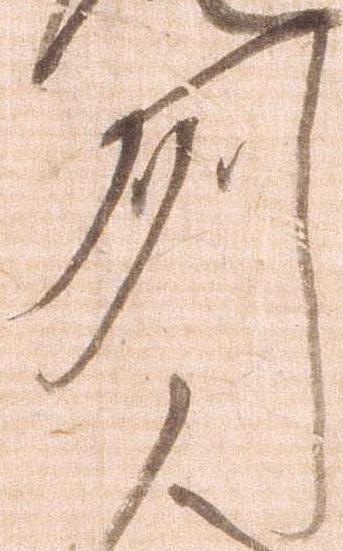
州